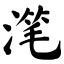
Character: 滗